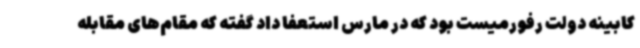
کابینه دولت رفورمیست بود که در مارس استعفا داد گفته که مقام‌های مقابله